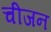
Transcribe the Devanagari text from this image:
चीजन